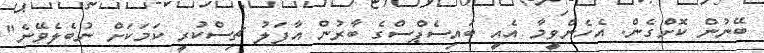
ބޭނުން ކޮށްގެން. އެހެންވީމާ އެއީ ބައިސެޕްސްގެ ބާރުން އާފަލު ޗިސްކުރީ ކަމަކަށް ނުބެލެވޭނެ"